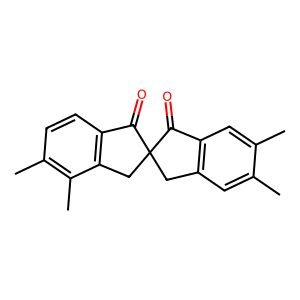
SMILES: Cc1cc2c(cc1C)C(=O)C1(C2)Cc2c(ccc(C)c2C)C1=O
Inhibits HIV replication: No